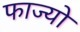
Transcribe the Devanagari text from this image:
फाज्यो